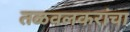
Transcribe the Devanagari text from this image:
तळवलकरांचा